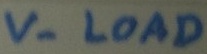
Text: V- LOAD